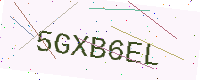
Text: 5GXB6EL